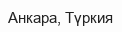
Анкара, Түркия